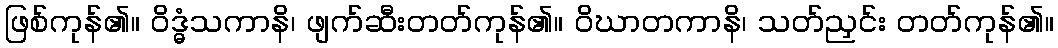
ဖြစ်ကုန်၏။ ဝိဒ္ဓံသကာနိ၊ ဖျက်ဆီးတတ်ကုန်၏။ ဝိဃာတကာနိ၊ သတ်ညှင်း တတ်ကုန်၏။